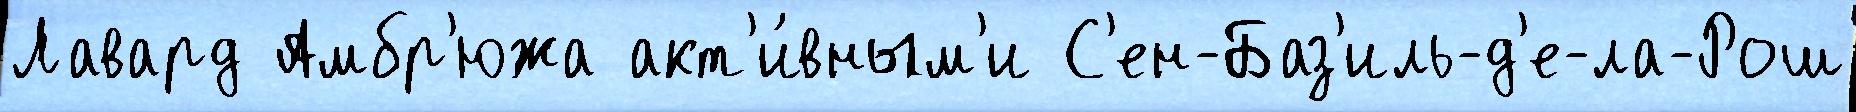
Лавард Амбр'южа акт'и́вным'и С'ен-Баз'иль-д'е-ла-Рош